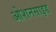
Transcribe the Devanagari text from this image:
ओशनसाइड